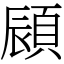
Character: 䫃